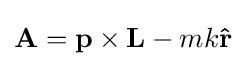
\mathbf {A} =\mathbf {p} \times \mathbf {L} -mk\mathbf {\hat {r}}